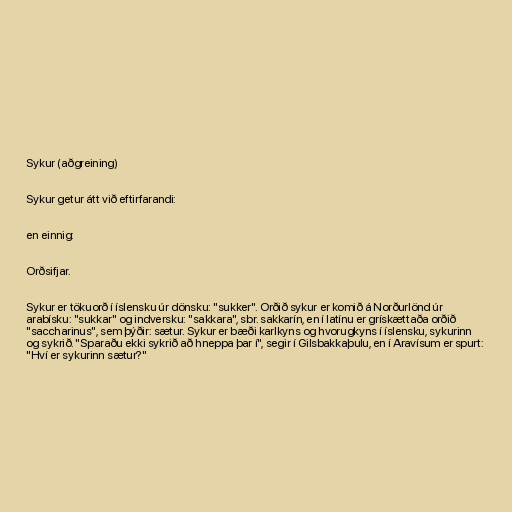
Sykur (aðgreining)

Sykur getur átt við eftirfarandi:

en einnig:

Orðsifjar.

Sykur er tökuorð í íslensku úr dönsku: "sukker". Orðið sykur er komið á Norðurlönd úr
arabísku: "sukkar" og indversku: "sakkara", sbr. sakkarín, en í latínu er grískættaða orðið
"saccharinus", sem þýðir: sætur. Sykur er bæði karlkyns og hvorugkyns í íslensku, sykurinn
og sykrið. "Sparaðu ekki sykrið að hneppa þar í", segir í Gilsbakkaþulu, en í Aravísum er spurt:
"Hví er sykurinn sætur?"